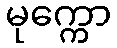
မုက္ကော